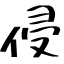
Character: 侵